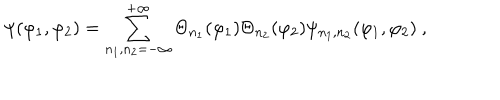
\psi ( \varphi _ { 1 } , \varphi _ { 2 } ) = \sum _ { n _ { 1 } , n _ { 2 } = - \infty } ^ { + \infty } \Theta _ { n _ { 1 } } ( \varphi _ { 1 } ) \Theta _ { n _ { 2 } } ( \varphi _ { 2 } ) \psi _ { n _ { 1 } , n _ { 2 } } ( \varphi _ { 1 } , \varphi _ { 2 } ) \ ,